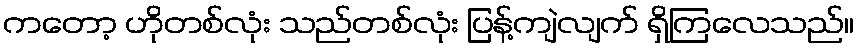
ကတော့ ဟိုတစ်လုံး သည်တစ်လုံး ပြန့်ကျဲလျက် ရှိကြလေသည်။